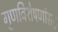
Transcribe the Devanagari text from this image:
गुणविशेषणांसह